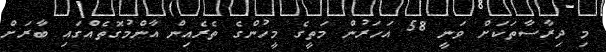
މި ދިރާސާތަކަށް ވަނީ 58 އަހަރުން މަތީގެ މީހުންގެ ތެރެއިން އާންމުގޮތެއްގައި ބާރަށް